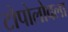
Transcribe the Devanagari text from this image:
टोपोलोवला